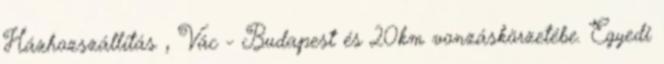
Házhozszállítás , Vác - Budapest és 20km vonzáskörzetébe. Egyedi